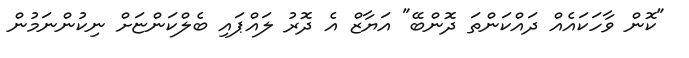
"ކޮން ވާހަކައެއް ދައްކަންތަ ދޮންބޭ" އަޔާޒް އެ ދޮރު ލައްޕައި ބެލްކަންޏަށް ނިކުންނަމުން